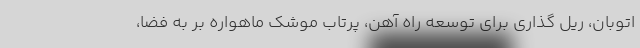
اتوبان، ریل گذاری برای توسعه راه آهن، پرتاب موشک ماهواره بر به فضا،